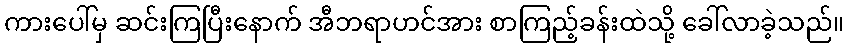
ကားပေါ်မှ ဆင်းကြပြီးနောက် အီဘရာဟင်အား စာကြည့်ခန်းထဲသို့ ခေါ်လာခဲ့သည်။